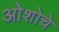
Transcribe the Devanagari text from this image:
ओशोचे